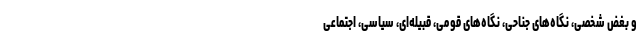
و بغض شخصی، نگاه‌های جناحی، نگاه‌های قومی، قبیله‌ای، سیاسی، اجتماعی